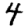
Digit: 4